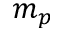
m _ { p }